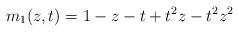
LaTeX: \begin{align*}m_1(z,t) = 1-z-t+t^2z-t^2z^2\end{align*}